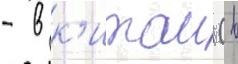
- в к'итаи (в